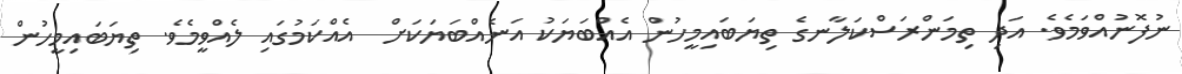
ނުފޮނުއްވަމެވެ. އަދި ތިމަންރަސްކަލާނގެ ތިޔަބައިމީހުން އެއްބަޔަކު އަނެއްބަޔަކަށް  އެއްކަމުގައި ލެއްވީމެވެ. ތިޔަބައިމީހުން